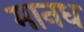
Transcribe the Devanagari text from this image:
मानध